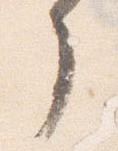
了